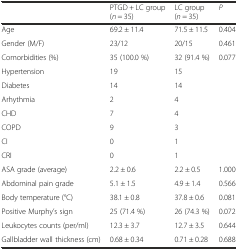
<table><thead><tr><td></td><td><b>PTGD + LC group (<i>n</i> = 35)</b></td><td><b>LC group (<i>n</i> = 35)</b></td><td><b><i>P</i></b></td></tr></thead><tbody><tr><td>Age</td><td>69.2 ± 11.4</td><td>71.5 ± 11.5</td><td>0.404</td></tr><tr><td>Gender (M/F)</td><td>23/12</td><td>20/15</td><td>0.461</td></tr><tr><td>Comorbidities (%)</td><td>35 (100.0 %)</td><td>32 (91.4 %)</td><td>0.077</td></tr><tr><td>Hypertension</td><td>19</td><td>15</td><td></td></tr><tr><td>Diabetes</td><td>14</td><td>14</td><td></td></tr><tr><td>Arhythmia</td><td>2</td><td>4</td><td></td></tr><tr><td>CHD</td><td>7</td><td>4</td><td></td></tr><tr><td>COPD</td><td>9</td><td>3</td><td></td></tr><tr><td>CI</td><td>0</td><td>1</td><td></td></tr><tr><td>CRI</td><td>0</td><td>1</td><td></td></tr><tr><td>ASA grade (average)</td><td>2.2 ± 0.6</td><td>2.2 ± 0.5</td><td>1.000</td></tr><tr><td>Abdominal pain grade</td><td>5.1 ± 1.5</td><td>4.9 ± 1.4</td><td>0.566</td></tr><tr><td>Body temperature (°C)</td><td>38.1 ± 0.8</td><td>37.8 ± 0.6</td><td>0.081</td></tr><tr><td>Positive Murphy’s sign</td><td>25 (71.4 %)</td><td>26 (74.3 %)</td><td>0.072</td></tr><tr><td>Leukocytes counts (per/ml)</td><td>12.3 ± 3.7</td><td>12.7 ± 3.5</td><td>0.644</td></tr><tr><td>Gallbladder wall thickness (cm)</td><td>0.68 ± 0.34</td><td>0.71 ± 0.28</td><td>0.688</td></tr></tbody></table>